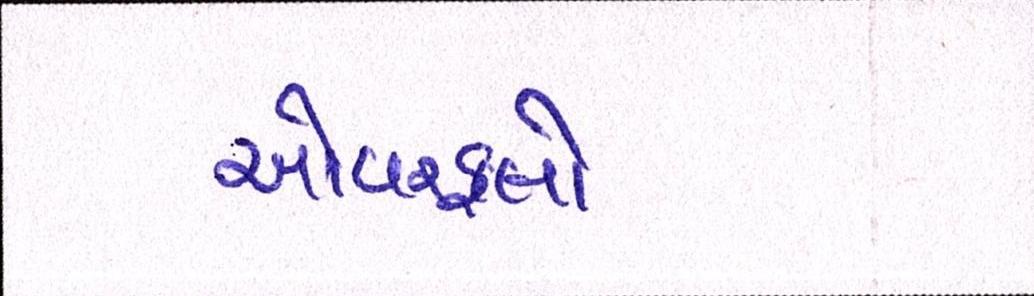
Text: ઓવરફ્લો